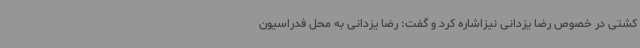
کشتی در خصوص رضا یزدانی نیزاشاره کرد و گفت: رضا یزدانی به محل فدراسیون